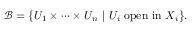
{ \mathcal { B } } = \{ U _ { 1 } \times \cdots \times U _ { n } \ | \ U _ { i } \ \mathrm { o p e n \ i n } \ X _ { i } \} .